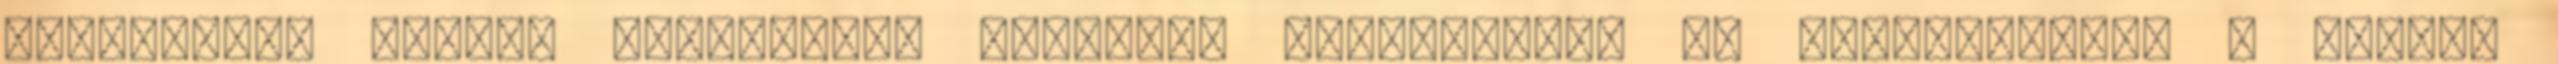
hátterében működő motivációk kutatása Különbségek és hasonlóságok a magyar